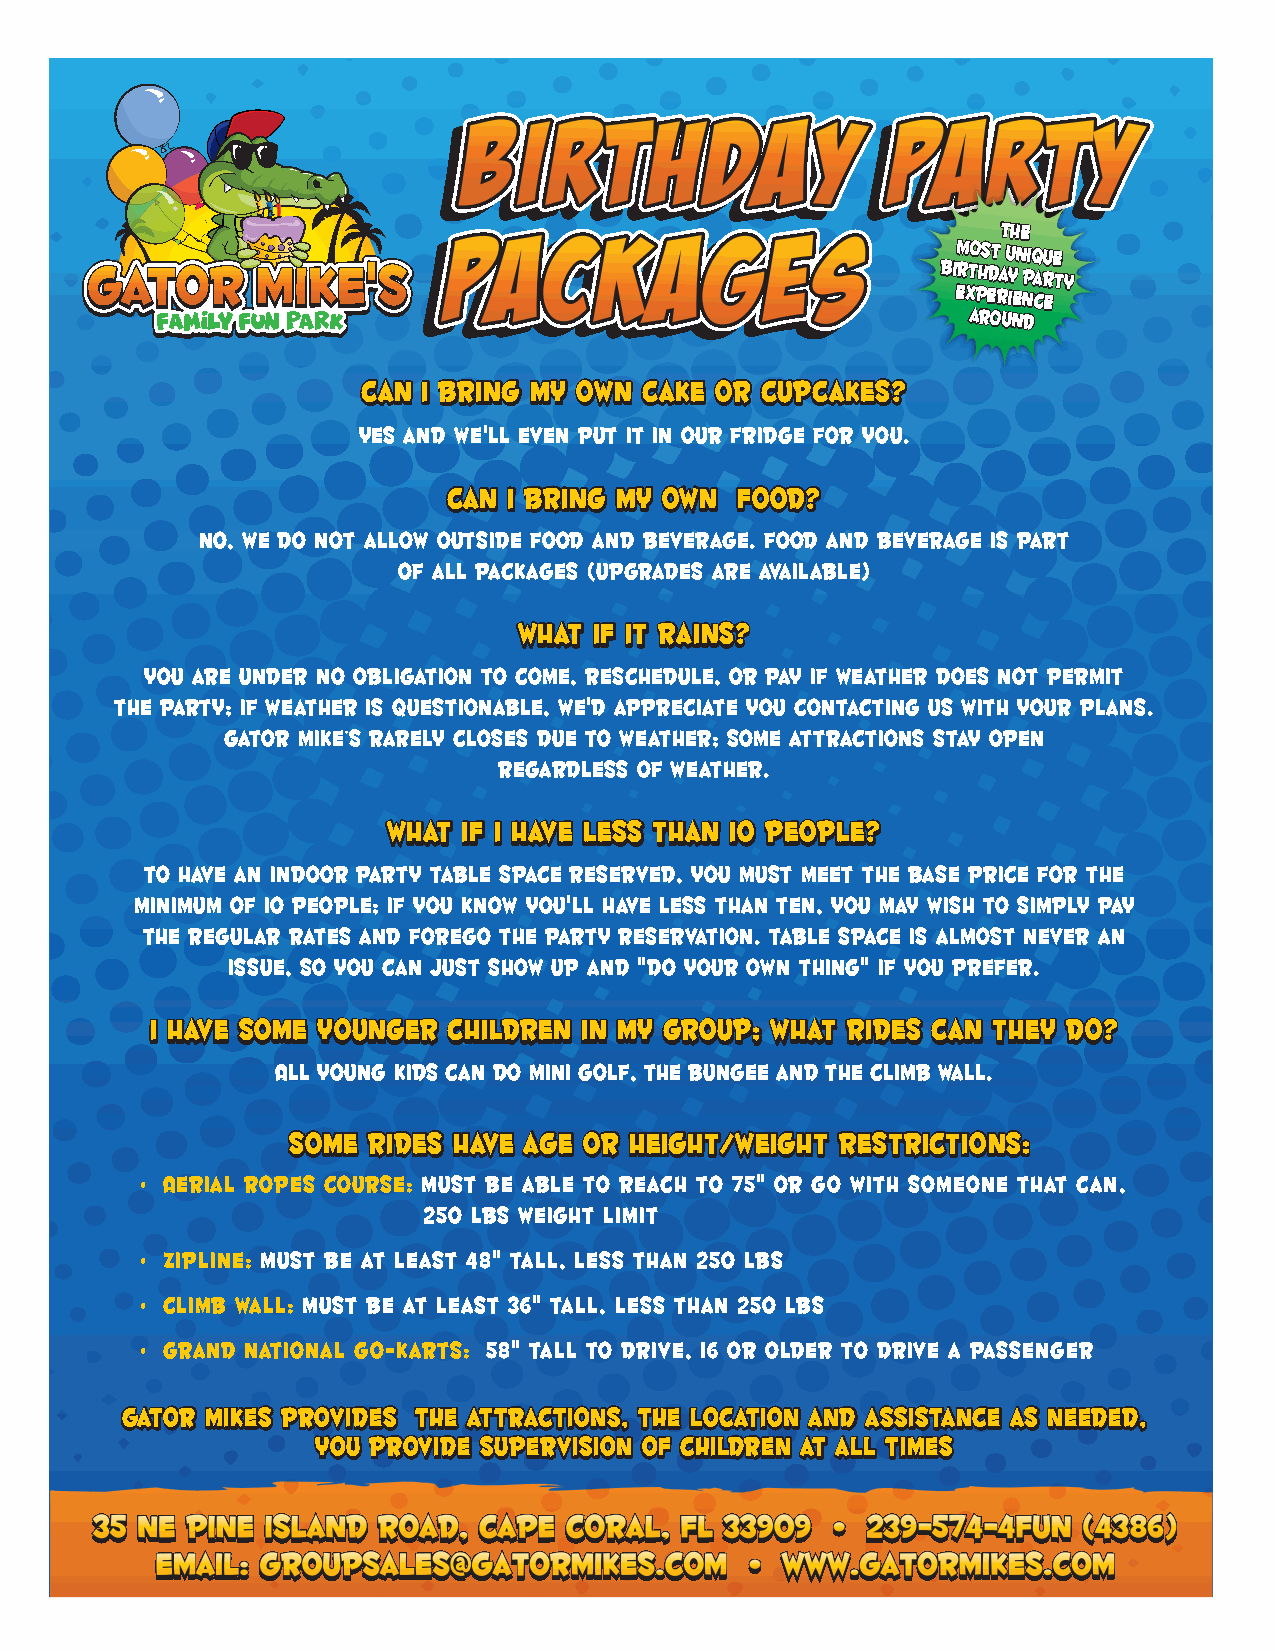
TTThhheee
 mmmooosssttt uuunnniiiqqquuueee
 bbbiiirrrttthhhdddaaayyy
 PPPaaarrrtttyyy
 eeexxxpppeeerrriiieeennnccceee
 aaarrrooouuunnnddd
 Can I bring my own cake OR Cupcakes?
 Yes and we'll even put it in our fridge for you.
 Can I bring my own food?
 No, we do not allow outside food and beverage. Food and beverage is part
 of all packages (upgrades are available)
 What if it rains?
 You are under no obligation to come, reschedule, or pay if weather does not permit
 the party; if weather is questionable, we'd appreciate you contacting us with your plans.
 Gator Mike’s rarely closes due to weather; some attractions stay open
 regardless of weather.
 What if I have less than I0 people?
 To have an indoor party table space reserved, you must meet the base price for the
 minimum of I0 people; if you know you'll have less than ten, you may wish to simply pay
 the regular rates and forego the party reservation. Table space is almost never an
 issue, so you can just show up and "do your own thing" if you prefer.
 I have some younger children in my group; what rides can they do?
 All young kids can do Mini Golf, the bungee and the climb wall.
 SSSooommmeee RRRiiidddeeesss hhhaaavvveee aaagggeee ooorrr hhheeeiiiggghhhttt///wwweeeiiiggghhhttt rrreeessstttrrriiiccctttiiiooonnnsss:::
 • Aerial Ropes Course: Must be able to reach to 75" or go with someone that can,
 250 lbs weight limit
 • Zipline: must be at least 48" tall, less than 250 lbs
 • Climb Wall: must be at least 36" tall, less than 250 lbs
 • Grand National Go-Karts: 58" tall to drive, 16 or older to drive a passenger
 GGGaaatttooorrr MMMiiikkkeeesss ppprrrooovvviiidddeeesss TTThhheee aaattttttrrraaaccctttiiiooonnnsss,,, ttthhheee lllooocccaaatttiiiooonnn aaannnddd aaassssssiiissstttaaannnccceee aaasss nnneeeeeedddeeeddd,,,
 yyyooouuu ppprrrooovvviiidddeee sssuuupppeeerrrvvviiisssiiiooonnn ooofff ccchhhiiillldddrrreeennn aaattt aaallllll tttiiimmmeeesss
 3355 NNEE PPiinnee IIssllaanndd RRooaadd,, CCaappee CCoorraall,, FFLL 3333990099 •• 223399--557744--44FFUUNN ((44338866))
 EEmmaaiill:: GGrroouuppSSaalleess@@ggaattoorrmmiikkeess..ccoomm •• WWWWWW..GGaattoorrMMiikkeess..ccoomm